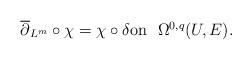
LaTeX: \begin{align*}\overline\partial_{L^m}\circ\chi=\chi\circ \delta\mbox{on\,\, $\Omega^{0,q}(U,E)$}.\end{align*}